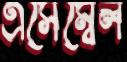
এসেম্বেল